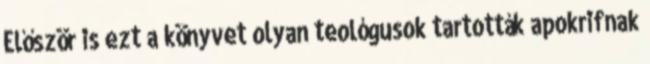
Először is ezt a könyvet olyan teológusok tartották apokrifnak